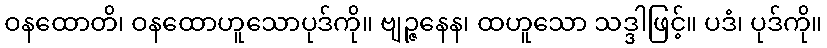
ဝနထောတိ၊ ဝနထောဟူသောပုဒ်ကို။ ဗျဉ္ဇနေန၊ ထဟူသော သဒ္ဒါဖြင့်။ ပဒံ၊ ပုဒ်ကို။